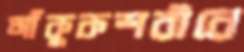
আঁকুকশরীরে